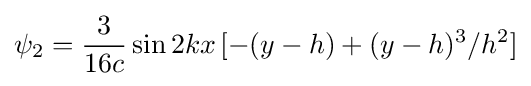
\psi _{2}={\frac {3}{16c}}\sin 2kx\,[-(y-h)+(y-h)^{3}/h^{2}]